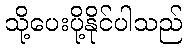
သို့ပေးပို့နိုင်ပါသည်